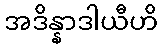
အဒိန္နာဒါယီဟိ